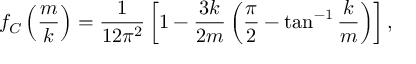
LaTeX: f _ { C } \left( \frac { m } { k } \right) = \frac { 1 } { 1 2 \pi ^ { 2 } } \left[ 1 - \frac { 3 k } { 2 m } \left( \frac { \pi } { 2 } - \tan ^ { - 1 } \frac { k } { m } \right) \right] ,